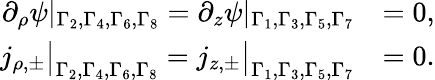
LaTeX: \begin{array}{rl}{\partial_{\rho}\psi|_{\Gamma_{2},\Gamma_{4},\Gamma_{6},\Gamma_{8}}=\partial_{z}\psi|_{\Gamma_{1},\Gamma_{3},\Gamma_{5},\Gamma_{7}}}&{=0,}\\ {j_{\rho,\pm}\big|_{\Gamma_{2},\Gamma_{4},\Gamma_{6},\Gamma_{8}}=j_{z,\pm}\big|_{\Gamma_{1},\Gamma_{3},\Gamma_{5},\Gamma_{7}}}&{=0.}\end{array}